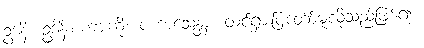
ဥဒါနံ၊ ဥဒါန်းစကားကို။ ပကာသေန္တာ၊ ထင်ရှားပြတော်မူလိုသည်ဖြစ်၍။